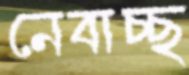
নেবাচ্ছ